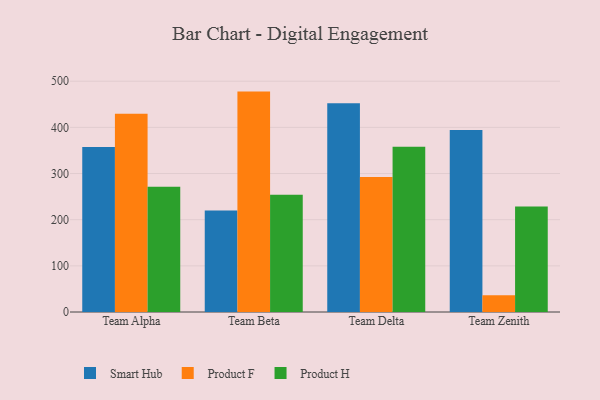
{"axis": {"x": "Team", "y": "Active Users"}, "legend": ["Product F", "Product H", "Smart Hub"], "data": [{"x": "Team Alpha", "y": 357.4, "type": "Smart Hub"}, {"x": "Team Alpha", "y": 429.5, "type": "Product F"}, {"x": "Team Alpha", "y": 271.5, "type": "Product H"}, {"x": "Team Beta", "y": 220.1, "type": "Smart Hub"}, {"x": "Team Beta", "y": 477.5, "type": "Product F"}, {"x": "Team Beta", "y": 254.0, "type": "Product H"}, {"x": "Team Delta", "y": 452.4, "type": "Smart Hub"}, {"x": "Team Delta", "y": 292.7, "type": "Product F"}, {"x": "Team Delta", "y": 357.9, "type": "Product H"}, {"x": "Team Zenith", "y": 394.4, "type": "Smart Hub"}, {"x": "Team Zenith", "y": 36.1, "type": "Product F"}, {"x": "Team Zenith", "y": 228.8, "type": "Product H"}]}